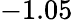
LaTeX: -1.05